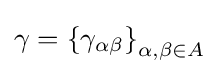
\gamma =\left\{\gamma _{\alpha \beta }\right\}_{\alpha ,\beta \in A}